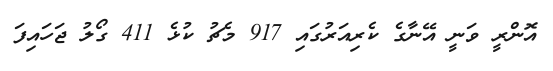
އޮންރީ ވަނީ އޭނާގެ ކެރިއަރުގައި 917 މެޗު ކުޅެ 411 ގޯލު ޖަހައިފަ